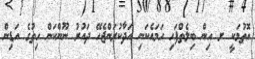
އޮތުމަކީ ށ އިން ބިލެތްފަހި ހަމައެކަނި އަދާކުރަންޖެހޭ ދައުރު ނޫންކަން ހިތުގެ އަޑިން